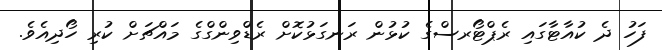
ފަހު ދެ ކުއާޓާގައި ރެޕްޓޯރސްގެ ކުޅުން ރަނގަޅުކޮށް ރެޑްވިންގްގެ މައްޗަށް ކުރި ހޯދިއެވެ.